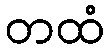
တထံ